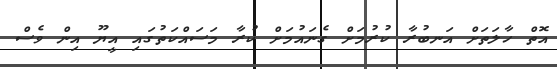
އޮތް ހާލަތަށް އަނބުރާ ކުރުމަށް ގެނައުމަށް ކުރާ މަސައްކަތުގައި އީޔޫ އިން ވެސް